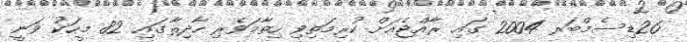
26ޑިސެމްބަރ 2004 ގައި ރާއްޖެއަށް ކުރިމަތިވި ހިތާމަވެރި ހާދިޘާގައި 82 މީހަކު ވަނީ